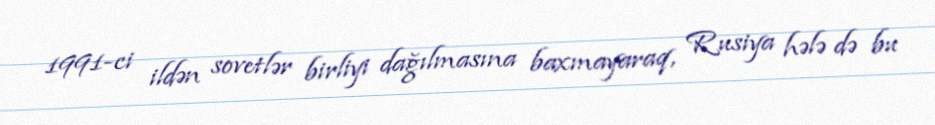
1991-ci ildən sovetlər birliyi dağılmasına baxmayaraq, Rusiya hələ də bu